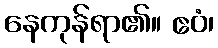
နေကုန်ရာ၏။ ဧဝံ၊